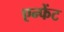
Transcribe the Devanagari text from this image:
एन्फेंट